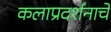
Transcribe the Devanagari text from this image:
कलाप्रदर्शनाचे